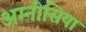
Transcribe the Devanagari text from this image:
अम्नीसिया